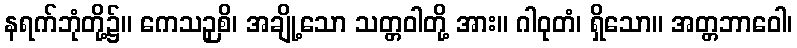
နရက်ဘုံတို့၌။ ကေသဉှစိ၊ အချို့သော သတ္တဝါတို့ အား။ ဂါဝုတံ၊ ရှိသော။ အတ္တဘာဝေါ၊